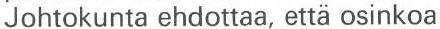
Johtokunta ehdottaa, että osinkoa